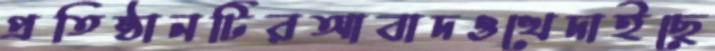
প্রতিষ্ঠানটিরআবাদওখেদাইছে